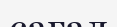
сағал